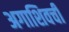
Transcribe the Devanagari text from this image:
अगाशिवची